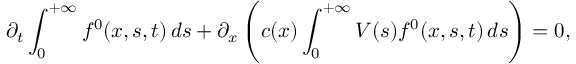
\partial _ { t } \int _ { 0 } ^ { + \infty } f ^ { 0 } ( x , s , t ) \, d s + \partial _ { x } \left( c ( x ) \int _ { 0 } ^ { + \infty } V ( s ) f ^ { 0 } ( x , s , t ) \, d s \right) = 0 ,